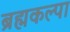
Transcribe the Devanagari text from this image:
ब्रह्मकल्पा